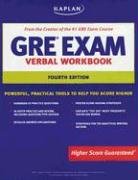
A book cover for Kaplan GRE Exam Verbal Workbook (Kaplan GRE Verbal Workbook); Kaplan; Test Preparation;